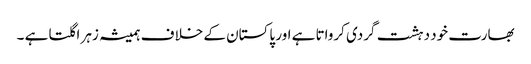
بھارت خود دہشت گردی کرواتا ہے اور پاکستان کے خلا ف ہمیشہ زہر اگلتا ہے ۔